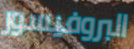
البروفيسور